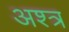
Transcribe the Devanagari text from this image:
अश्त्र